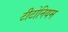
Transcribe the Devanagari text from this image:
टीटोनियम